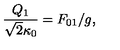
\frac { Q _ { 1 } } { \sqrt { 2 } \kappa _ { 0 } } = F _ { 0 1 } / g ,